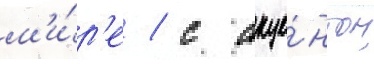
м'и́р'е / с акце́нтом